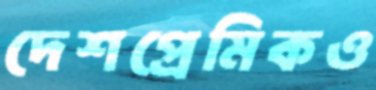
দেশপ্রেমিকও